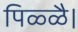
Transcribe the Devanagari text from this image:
पिळ्ळै।